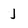
Character: j